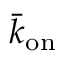
\bar { k } _ { \mathrm { o n } }